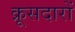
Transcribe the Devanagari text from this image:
क्रूसदारों